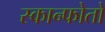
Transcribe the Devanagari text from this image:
स्कान्फोतो